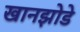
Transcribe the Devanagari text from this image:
खानझोडे